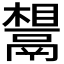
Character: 𬴷